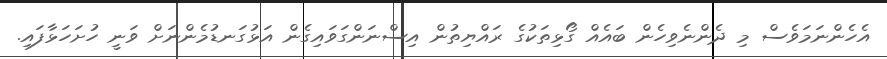
އެހެންނަމަވެސް މި ދެންނެވިހެން ބައެއް ގޯޅިތަކުގެ ރައްޔިތުން އިސްނަންގަވައިގެން އަޅުގަނޑުމެންނަށް ވަނީ ހުށަހަޅާފައި.